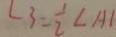
\angle 3 = \frac { 1 } { 2 } \angle A 1